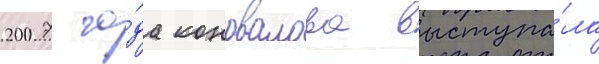
2007 го́да коновалова выступа́ла